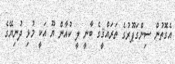
އެގޮތުން ސިންގަޕޫރުގެ ތަަރައްޤީގެ ބާނީ ލީ ކުއާން ޔޫ އަކީ މުޅި ދުނިޔޭގެ